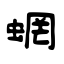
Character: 蝄